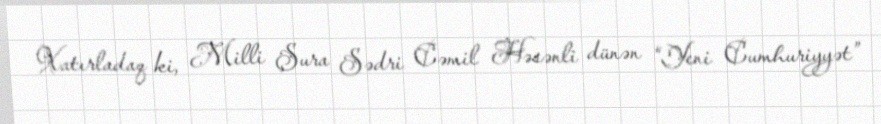
Xatırladaq ki, Milli Şura Sədri Cəmil Həsənli dünən “Yeni Cumhuriyyət”